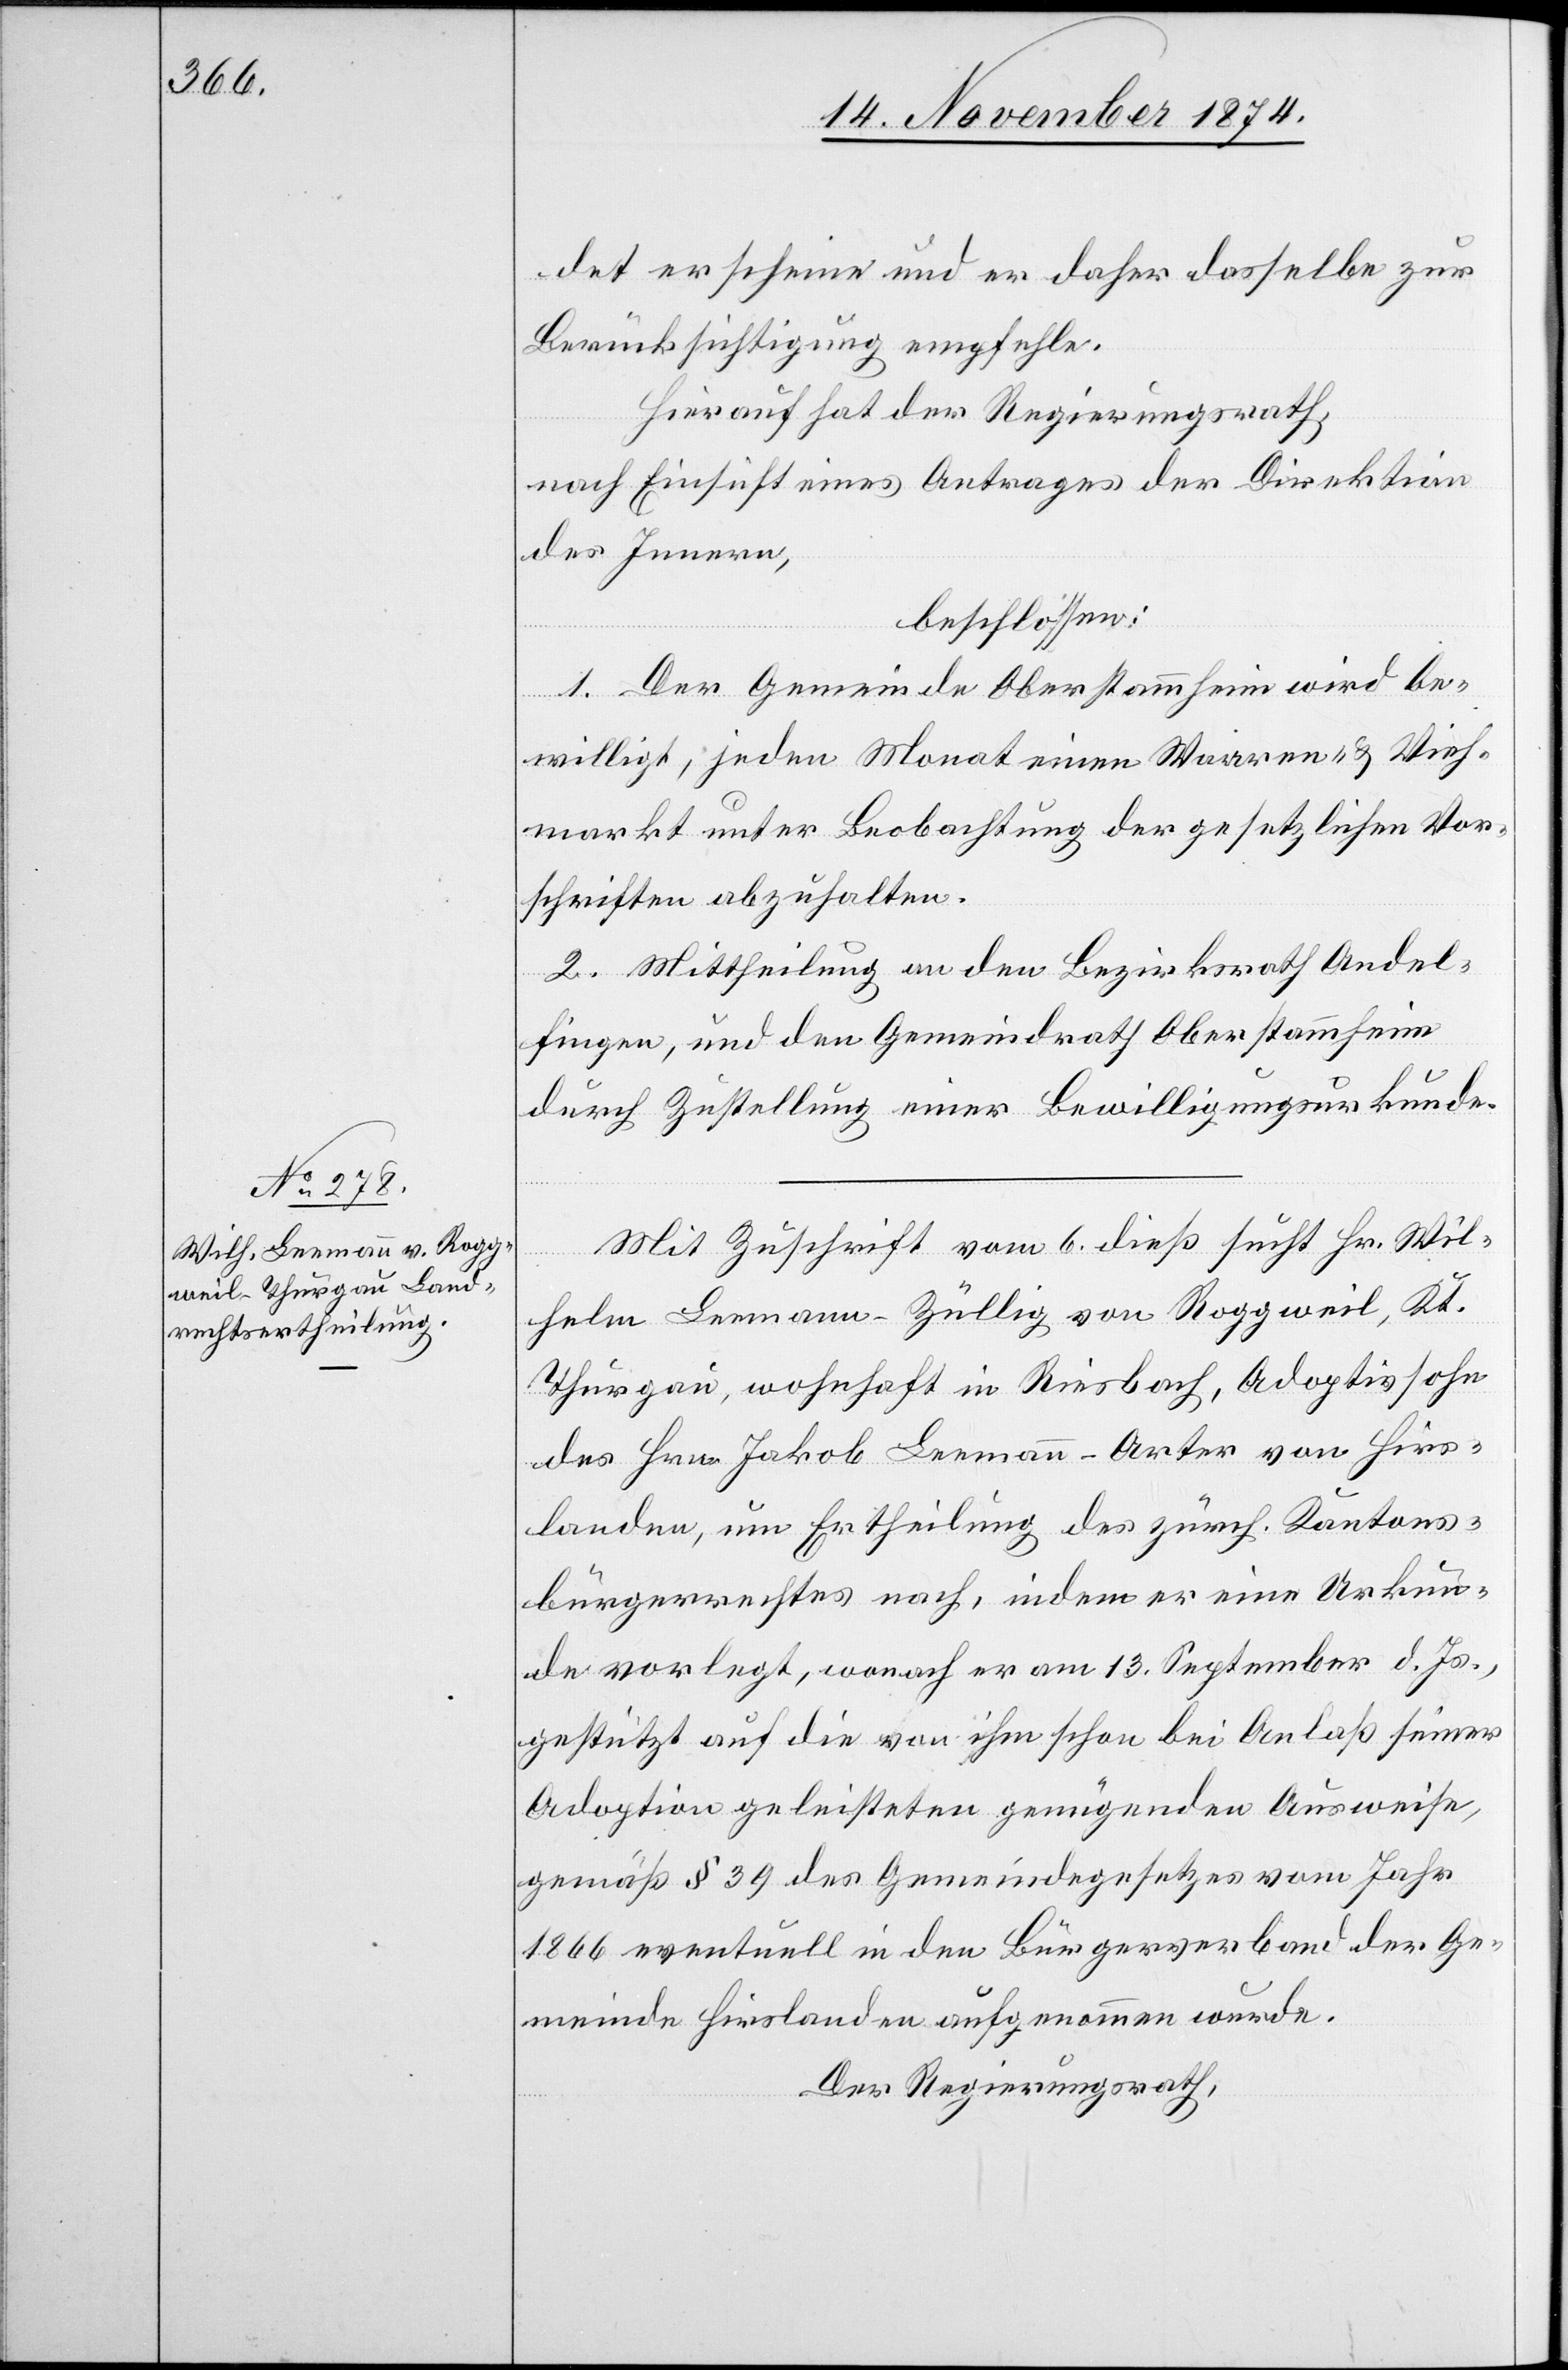
det erscheine und er daher dasselbe zur
Berücksichtigung empfehle.
Hierauf hat der Regierungsrath,
nach Einsicht eines Antrages der Direktion
des Innern,
beschlossen:
1. Der Gemeinde Oberstammheim wird be¬
willigt, jeden Monat einen Waaren- & Vieh¬
markt unter Beobachtung der gesetzlichen Vor¬
schriften abzuhalten.
2. Mittheilung an den Bezirksrath Andel¬
fingen, und den Gemeindrath Oberstammheim
durch Zustellung einer Bewilligungsurkunde.
Mit Zuschrift vom 6. dieß sucht Hr. Wil¬
helm Leemann-Züllig von Roggweil, Kt.
Thurgau, wohnhaft in Riesbach, Adoptivsohn
des Hrn. Jakob Leemann-Arter von Hirs¬
landen, um Ertheilung des zürch. Kantons¬
bürgerrechtes nach, indem er eine Urkun¬
de vorlegt, wonach er am 13. September d. Js.,
gestützt auf die von ihm schon bei Anlaß seiner
Adoption geleisteten genügenden Ausweise,
gemäß § 39 des Gemeindegesetzes vom Jahr
1866 eventuell in den Bürgerverband der Ge¬
meinde Hirslanden aufgenommen wurde.
Der Regierungsrath,